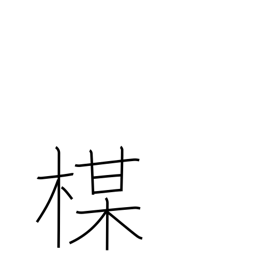
Meaning: plum